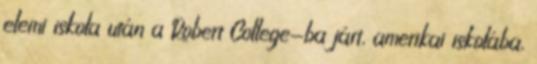
elemi iskola után a Robert College-ba járt, amerikai iskolába,